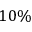
1 0 \%